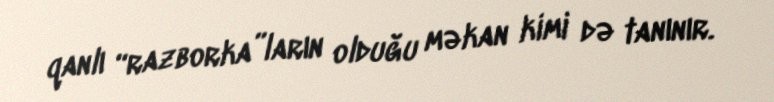
qanlı “razborka”ların olduğu məkan kimi də tanınır.